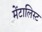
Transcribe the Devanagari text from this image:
मेंटालिस्ट